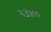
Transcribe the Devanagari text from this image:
३३४०